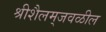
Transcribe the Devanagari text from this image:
श्रीशैलम्‌जवळील